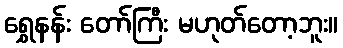
ရွှေနန်း တော်ကြီး မဟုတ်တော့ဘူး။